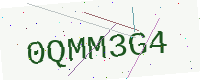
Text: 0QMM3G4